Subject: math
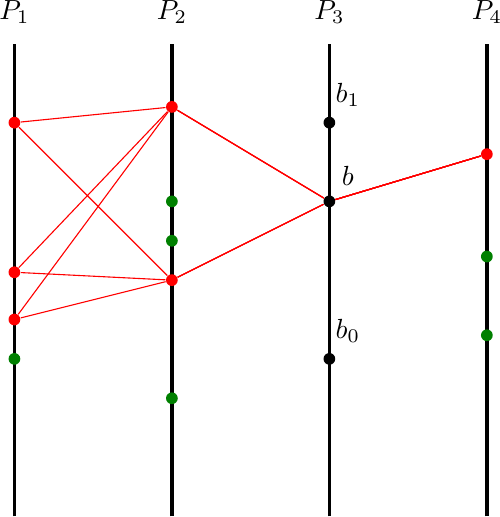
LaTeX code:
\begin{tikzpicture}
\foreach \i in {1,2,3,4}{
\draw[very thick] (2*\i,0)--(2*\i,6);
\node(P\i) at (2*\i,6.4){$P_{\i}$};
}
\node[circle,fill=black,inner sep=1.5,label={\ \ \ \ $b_0$}](b0) at (6,2) {};
\node[circle,fill=black,inner sep=1.5,label={\ \ \ \ $b_1$}](b1) at (6,5) {};
\node[circle,fill=black,inner sep=1.5,label={\ \ \ \ $b$}](b) at (6,4) {};
\node[circle,fill=red,inner sep=1.5](a11) at (2,2.5){};
\node[circle,fill=red,inner sep=1.5](a12) at (2,3.1){};
\node[circle,fill=red,inner sep=1.5](a13) at (2,5){};

\node[circle,fill=green!50!black,inner sep=1.5]() at (2,2){};

\node[circle,fill=red,inner sep=1.5](a21) at (4,3){};
\node[circle,fill=red,inner sep=1.5](a22) at (4,5.2){};

\node[circle,fill=green!50!black,inner sep=1.5]() at (4,1.5){};
\node[circle,fill=green!50!black,inner sep=1.5]() at (4,3.5){};
\node[circle,fill=green!50!black,inner sep=1.5]() at (4,4){};

\node[circle,fill=red,inner sep=1.5](a31) at (8,4.6){};

\node[circle,fill=green!50!black,inner sep=1.5]() at (8,3.3){};
\node[circle,fill=green!50!black,inner sep=1.5]() at (8,2.3){};

\foreach\i in{1,2,3}{
\foreach\j in{1,2}{
\draw[red] (a1\i)--(a2\j)--(b)--(a31);
}}
\end{tikzpicture}